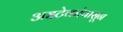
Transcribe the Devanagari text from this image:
अझ्टेकांपासून